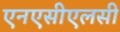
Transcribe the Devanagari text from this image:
एनएसीएलसी